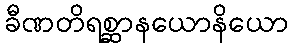
ခီဏတိရစ္ဆာနယောနိယော